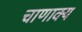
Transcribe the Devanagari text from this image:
चाणाक्य